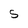
Character: S